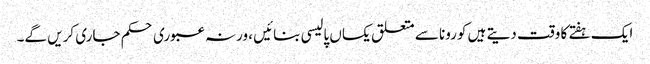
ایک ہفتے کا وقت دیتے ہیں کورونا سے متعلق یکساں پالیسی بنائیں ، ورنہ عبوری حکم جاری کریں گے۔